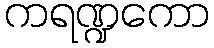
ကရဏ္ဍကော